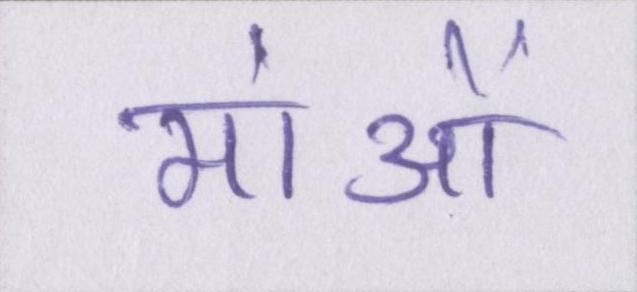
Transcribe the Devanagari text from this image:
मांओं